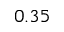
0 . 3 5